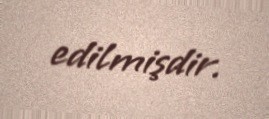
edilmişdir.